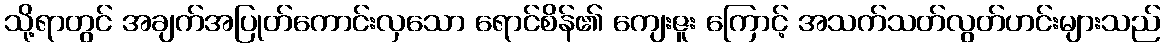
သို့ရာတွင် အချက်အပြုတ်ကောင်းလှသော ရောင်စိန်၏ ကျေးဇူး ကြောင့် အသက်သတ်လွတ်ဟင်းများသည်